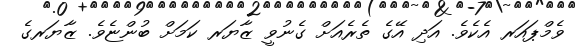
ވެމްޕައަރ އެކެވެ. އަދި އޭގެ ތެރެއަށް ގެނުވީ ޒާޔަރ ކަމަށް ބުންޏެވެ. ޒާޔަރގެ